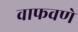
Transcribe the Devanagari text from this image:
वाफवणे